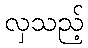
လှသည့်